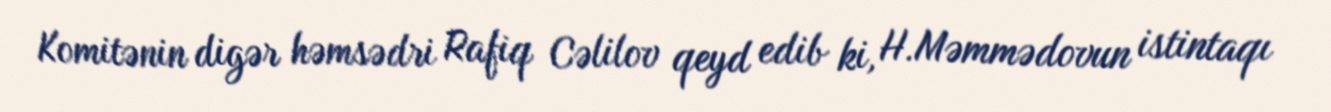
Komitənin digər həmsədri Rafiq Cəlilov qeyd edib ki, H.Məmmədovun istintaqı